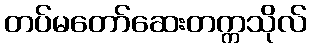
တပ်မတော်ဆေးတက္ကသိုလ်